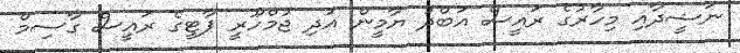
ނަޝީދާއި މިހާރުގެ ރައީސް އަބްދު ޔާމީން އަދި ޖުމްހޫރީ ޕާޓީގެ ރައީސް ގާސިމް